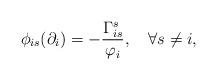
LaTeX: \begin{align*} \phi_{is}(\partial_i)=-\frac{\Gamma_{is}^s}{\varphi_i},\quad\forall s\neq i, \end{align*}